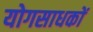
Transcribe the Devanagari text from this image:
योगसाधकों